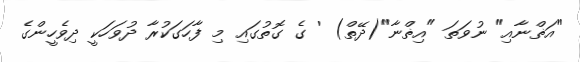
"އަޡްނާއި" ނުވަތަ "އިޡްނާ"(ދޭތް) ' ގެ ގޮތުގައި މި ފާހަގަކުރާ ދުވަހަކީ ދިވެހީންގެ